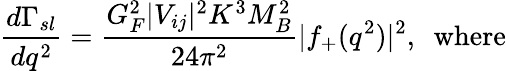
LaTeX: {\frac{d\Gamma_{sl}}{dq^{2}}}={\frac{G_{F}^{2}|V_{ij}|^{2}K^{3}M_{B}^{2}}{24\pi^{2}}}|f_{+}(q^{2})|^{2},\mathrm{~~where}